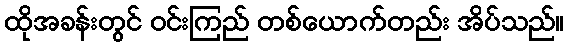
ထိုအခန်းတွင် ဝင်းကြည် တစ်ယောက်တည်း အိပ်သည်။